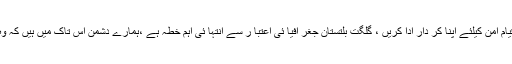
امن ہی تر قی کا ضامن ہے ،علما ء کرام اور با شعور افراد قیام امن کیلئے اپنا کر دار ادا کریں ، گلگت بلتستان جغر افیا ئی اعتبا ر سے انتہا ئی اہم خطہ ہے ،ہمارے دشمن اس تاک میں ہیں کہ وہ خطے کو اپنی سازشوں کے زریعے بدامنی کا نشانہ بنائیں۔